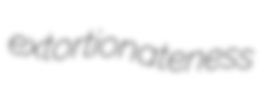
extortionateness